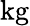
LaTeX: \mathrm{kg}